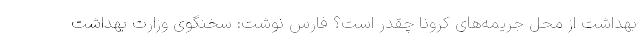
بهداشت از محل جریمه‌های کرونا چقدر است؟ فارس نوشت: سخنگوی وزارت بهداشت